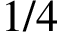
1 / 4